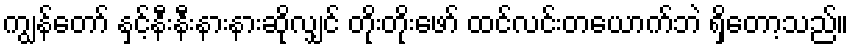
ကျွန်တော် နှင့်နီးနီးနားနားဆိုလျှင် တိုးတိုးဖော် ထင်လင်းတယောက်ဘဲ ရှိတော့သည်။